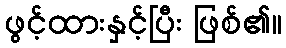
ဖွင့်ထားနှင့်ပြီး ဖြစ်၏။